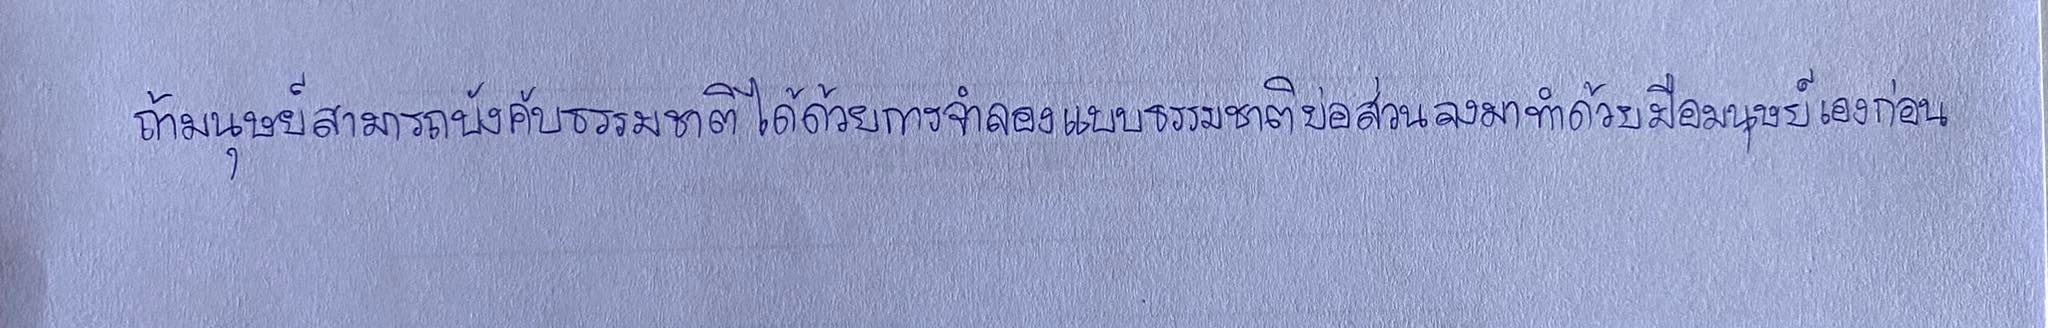
ถ้ามนุษย์สามารถบังคับธรรมชาติได้ด้วยการจำลองแบบธรรมชาติย่อส่วนลงมาทำด้วยมือมนุษย์เองก่อน